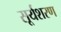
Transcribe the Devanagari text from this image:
सूर्यशरण